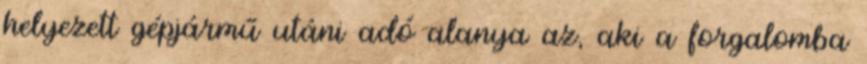
helyezett gépjármű utáni adó alanya az, aki a forgalomba